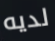
لديه